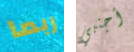
ربما أجنبي